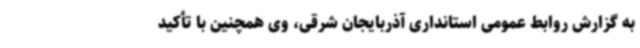
به گزارش روابط عمومی استانداری آذربایجان شرقی، وی همچنین با تأکید